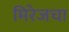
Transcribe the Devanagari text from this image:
मिरेजचा